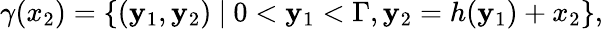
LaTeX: \gamma(x_{2})=\left\lbrace(\mathbf{y}_{1},\mathbf{y}_{2})\ \middle|\ 0<\mathbf{y}_{1}<\Gamma,\mathbf{y}_{2}=h(\mathbf{y}_{1})+x_{2}\right\rbrace,